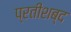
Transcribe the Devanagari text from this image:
प्रतीशब्द